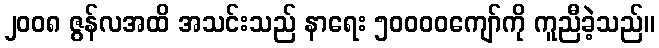
၂၀၀၈ ဇွန်လအထိ အသင်းသည် နာရေး ၅၀၀၀၀ကျော်ကို ကူညီခဲ့သည်။